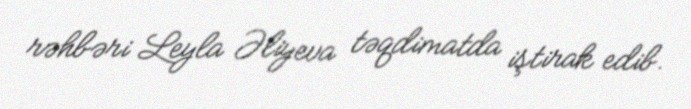
rəhbəri Leyla Əliyeva təqdimatda iştirak edib.